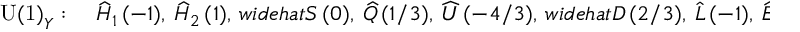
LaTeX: \mathrm { U ( 1 ) } _ { Y } : \quad \widehat { H } _ { 1 } \, ( - 1 ) , \ \widehat { H } _ { 2 } \, ( 1 ) , \, w i d e h a t { S } \, ( 0 ) , \ \widehat { Q } \, ( 1 / 3 ) , \ \widehat { U } \, ( - 4 / 3 ) , \, w i d e h a t { D } \, ( 2 / 3 ) , \ \widehat { L } \, ( - 1 ) , \ \widehat { E } \, ( 2 ) \, ,